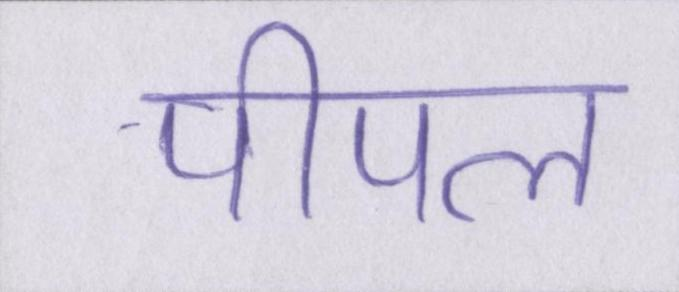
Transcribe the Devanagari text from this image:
पीपल